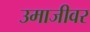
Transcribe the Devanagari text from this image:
उमाजीवर